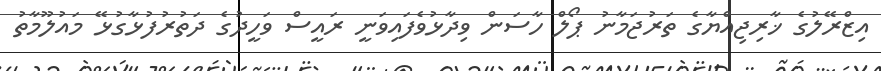
އިޒްރޭލުގެ ޚާރިޖިއްޔާގެ ތަރުޖަމާނު ޕޯލް ހާސަން ވިދާޅުވެފައިވަނީ ރައީސް ވަހީދުގެ ދަތުރުފުޅާގުޅޭ މައުލޫމާތު